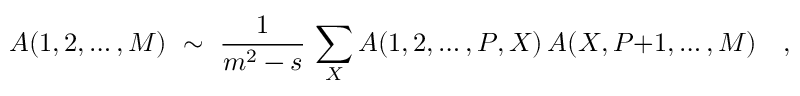
A ( 1 , 2 , \ldots , M ) \ \sim \ { \frac { 1 } { m ^ { 2 } - s } } \, \sum _ { X } A ( 1 , 2 , \ldots , P , X ) \, A ( X , P { + } 1 , \ldots , M ) \quad ,